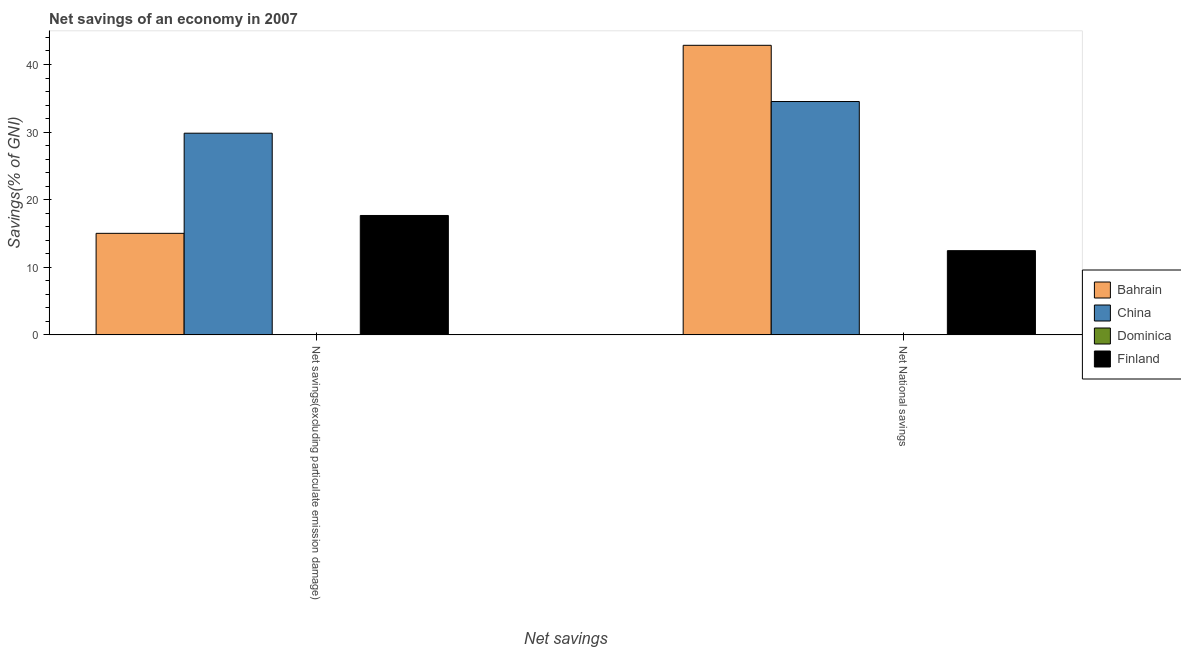
| Net savings | Bahrain | China | Dominica | Finland |
 | --- | --- | --- | --- | --- |
 | Net savings(excluding particulate emission damage) | 15 | 29.8 | -1.18 | 17.7 |
 | Net National savings | 42.8 | 34.5 | -5.78 | 12.5 |